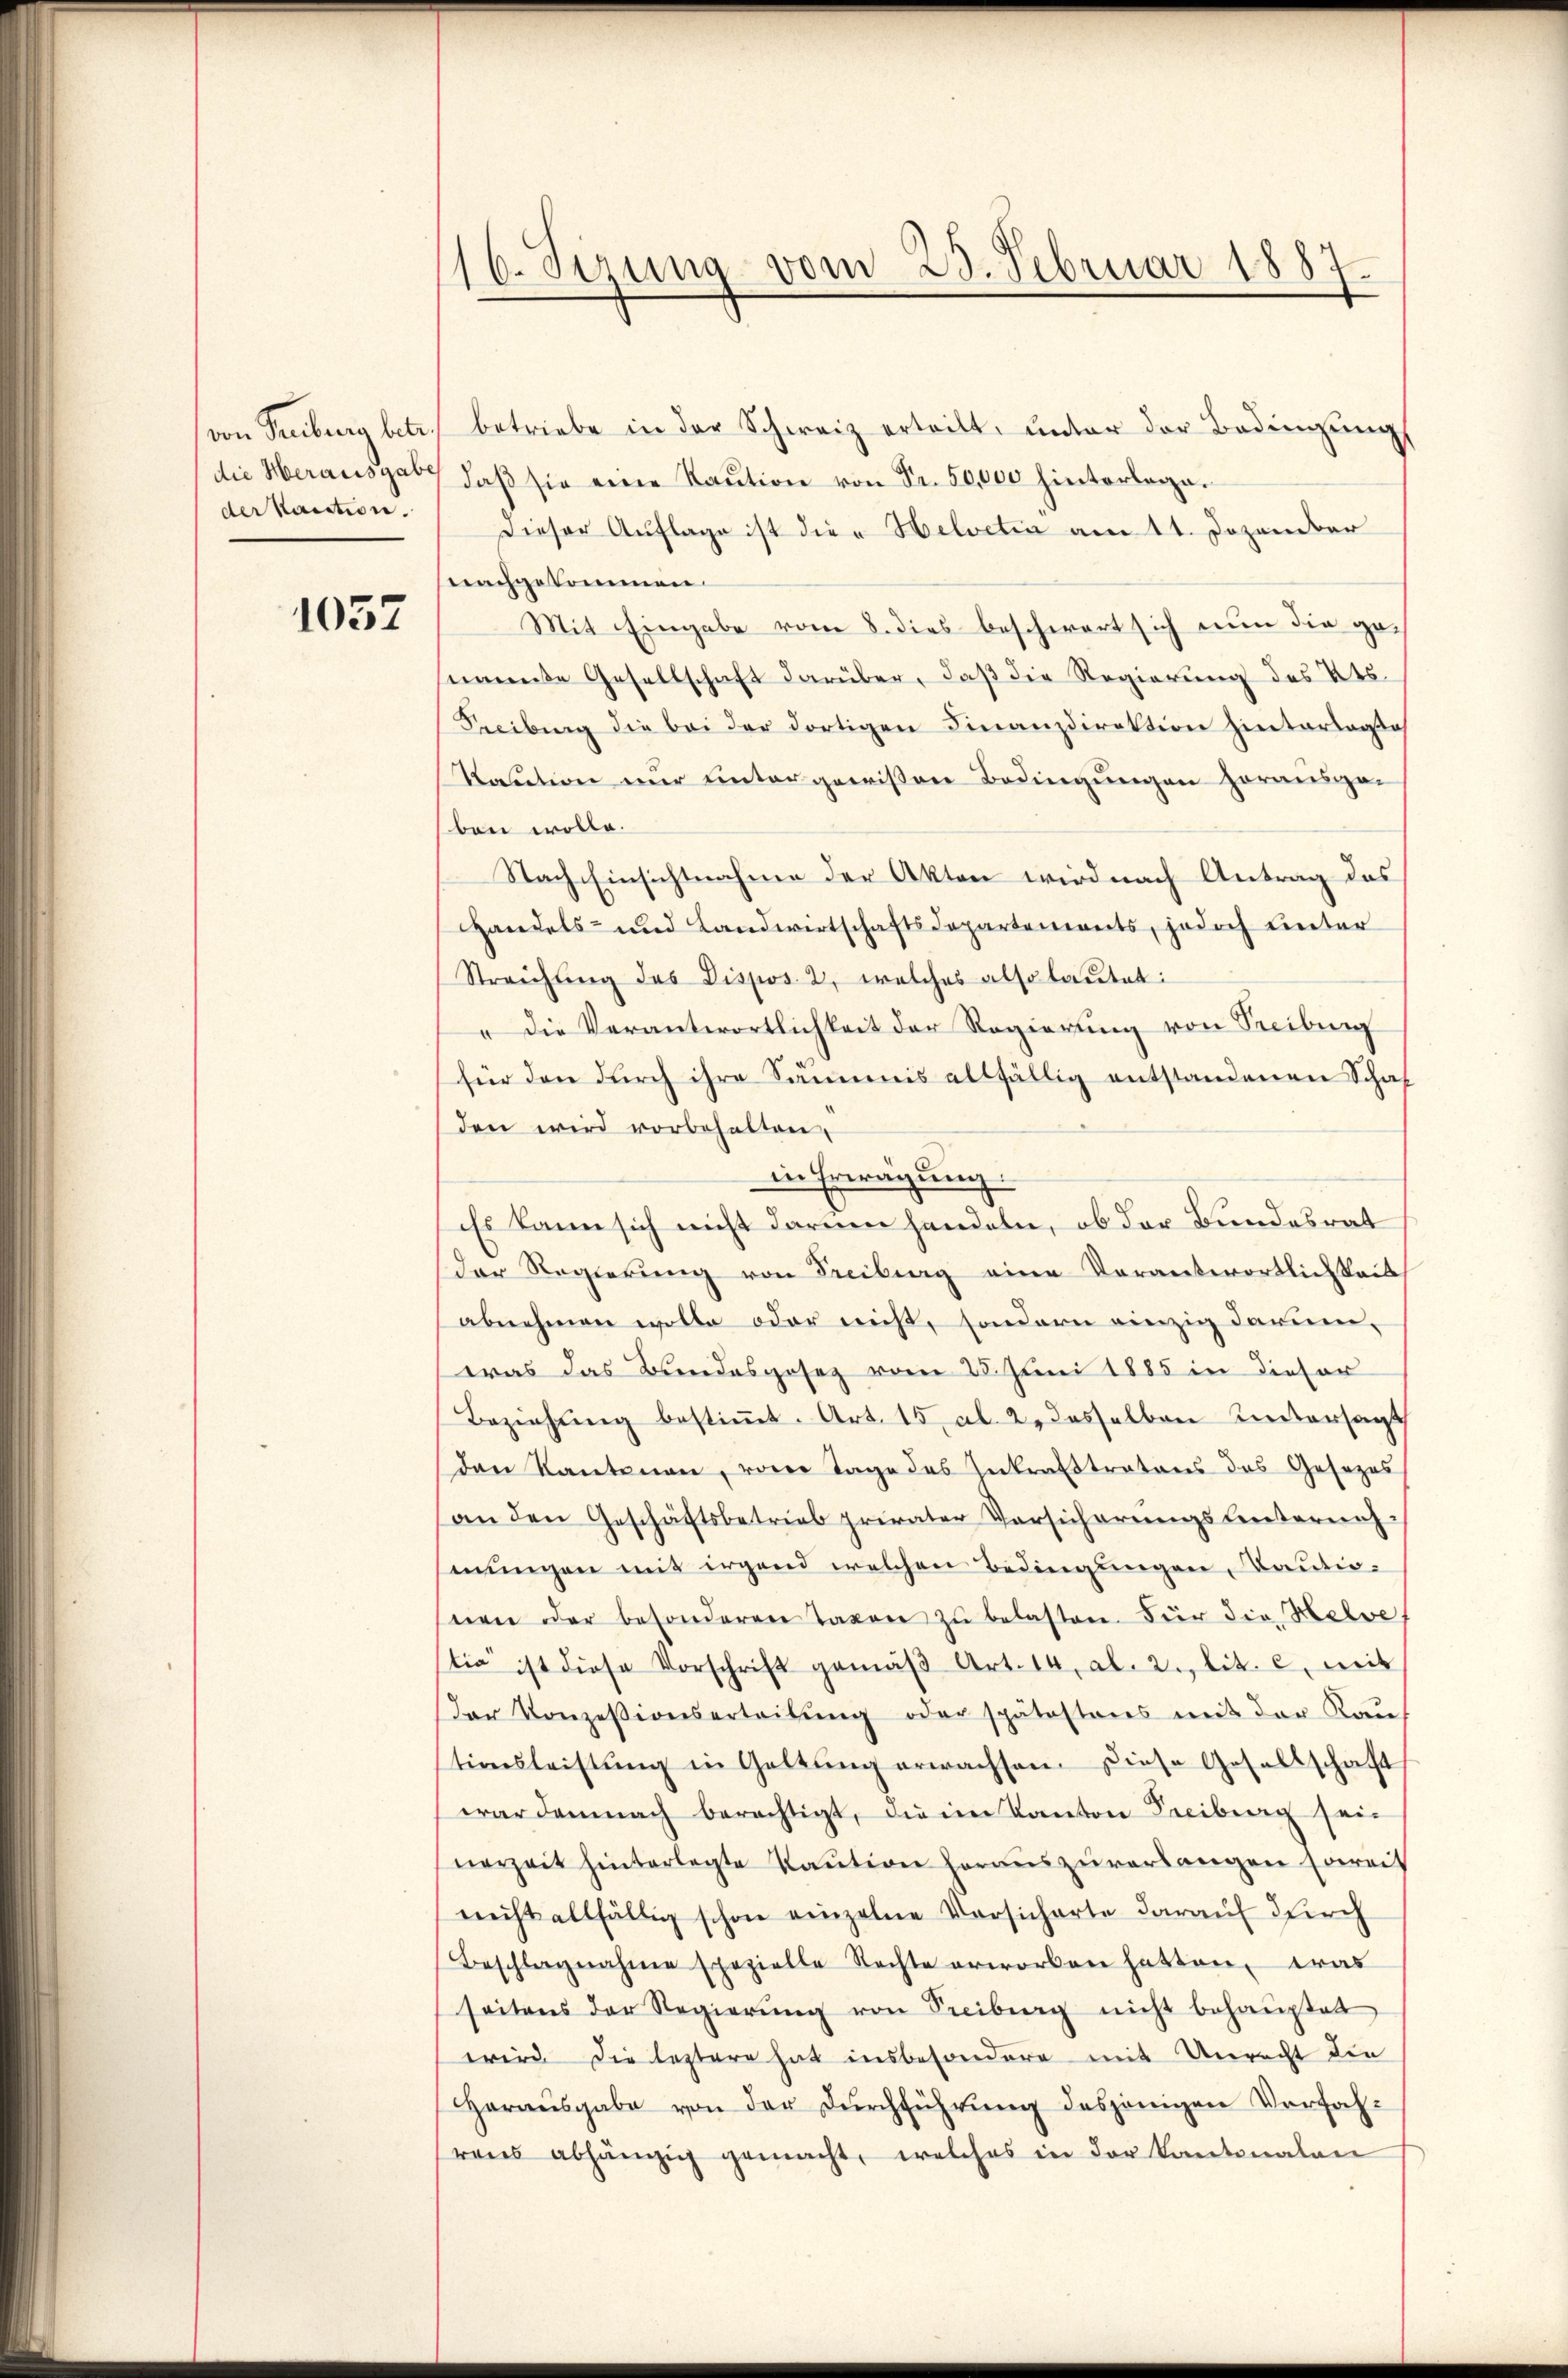
der kaution.

1057

16. Sezung vom 23. Februar 1887

von Treiburg betr. betriebe in der Schweiz erteilt, unter der Bedingungs
die Herausgab, daβ sie eine Kaŭtion von Fr. 50,000 hinterlagen
Dieser Auflage ist die Helvetia am 11. Dezember
nachgekommen.
Mit Eingabe vom 8. dies beschwert sich nun die genannte Gesellschaft darüber, daß die Regierung des Kts.
Freibung die bei der dortigen Finanzdirektion hinterlagte
Kaution nur untergewissen Bedingungen herausgeben wolle.
Nach Einsichtnahme der Akten wird nach Antrag des
Handels- und Landwirtschaftsdepartements, jedoch unter
Streichung des Dispos. 2, welches also lautet:
" die Verantwortlichkeit der Regierung von Freiburg
für den durch ihre Sammis allfällig entstandenen Schaf
den wird vorbehalten,
in Erwägung.
Es kann sich nicht darum handeln, ob der Bundesrat
der Regierŭng von Freiburg eine Vorantwortlichkeit
abnehmen wolle oder nicht, sondern einzig darum,
was das Bundesgesez vom 25. Juni 1885 in dieser
Beziehŭng bestiṁt. Art. 15 Al. 2, dasselben Untersagt
den Kantonen, von Tage des Inkrafstratons des Gesezes
an den Geschäftsbetrieb privater Versicherŭngsleiterenzmungen mit irgend welchen Bedingungen, Kautionen oder besonderen Taxen zŭ belasten. Für die Helve
tia ist diese Vorschrift gemäβ Art. 14, Al. 2. lit. c. mit
der Konzessionserteilŭng oder spätestens mit der Kauf
stionsleistŭng in Geltŭng erwachsen. Diese Gesellschaft
war demnach berechtigt, die im Kanton Freibung seinerzeit hinterlegte Kaŭtion heraŭszŭverlangen soweit
nicht allfällig schon einzelne Versicherte darauf durch
Beschlagnahme spezielle Rechte erworben hatten, was
seitens der Regierŭng von Freiburg nicht behauptet
wird. Die leztere hat insbesondere mit Unrecht die
Herausgabe von der Dŭrchführung desjenigen Verfahrens abhängig gemacht, welches in der Kantonalen